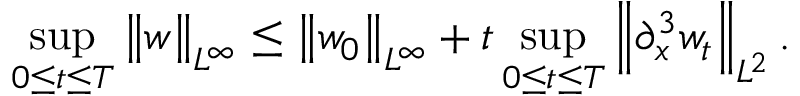
\displaystyle \operatorname* { s u p } _ { 0 \leq t \leq T } \left\| w \right\| _ { L ^ { \infty } } \leq \left\| w _ { 0 } \right\| _ { L ^ { \infty } } + t \displaystyle \operatorname* { s u p } _ { 0 \leq t \leq T } \left\| \partial _ { x } ^ { 3 } w _ { t } \right\| _ { L ^ { 2 } } .